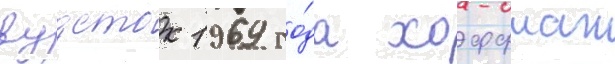
вудсток 1969 го́да хоффман